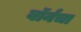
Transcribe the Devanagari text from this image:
वॉर्नचा